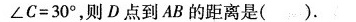
= ∠ C = 3 0 °$$，则D点到AB的距离是( ).